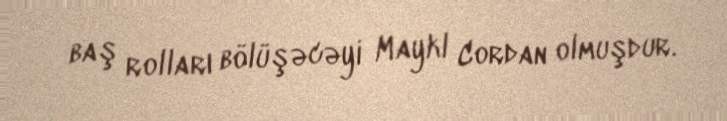
baş rolları bölüşəcəyi Maykl Cordan olmuşdur.